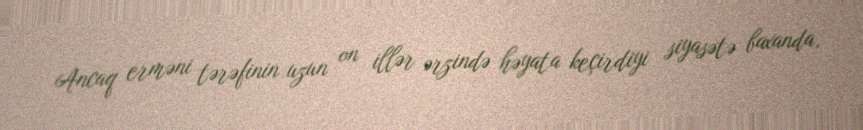
Ancaq erməni tərəfinin uzun on illər ərzində həyata keçirdiyi siyasətə baxanda,